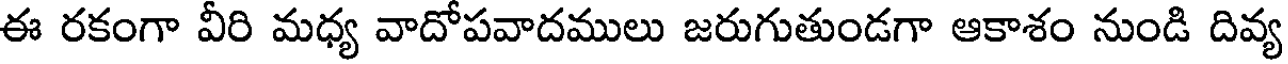
ఈ రకంగా వీరి మధ్య వాదోపవాదములు జరుగుతుండగా ఆకాశం నుండి దివ్య